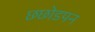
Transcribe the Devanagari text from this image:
छछोडपन